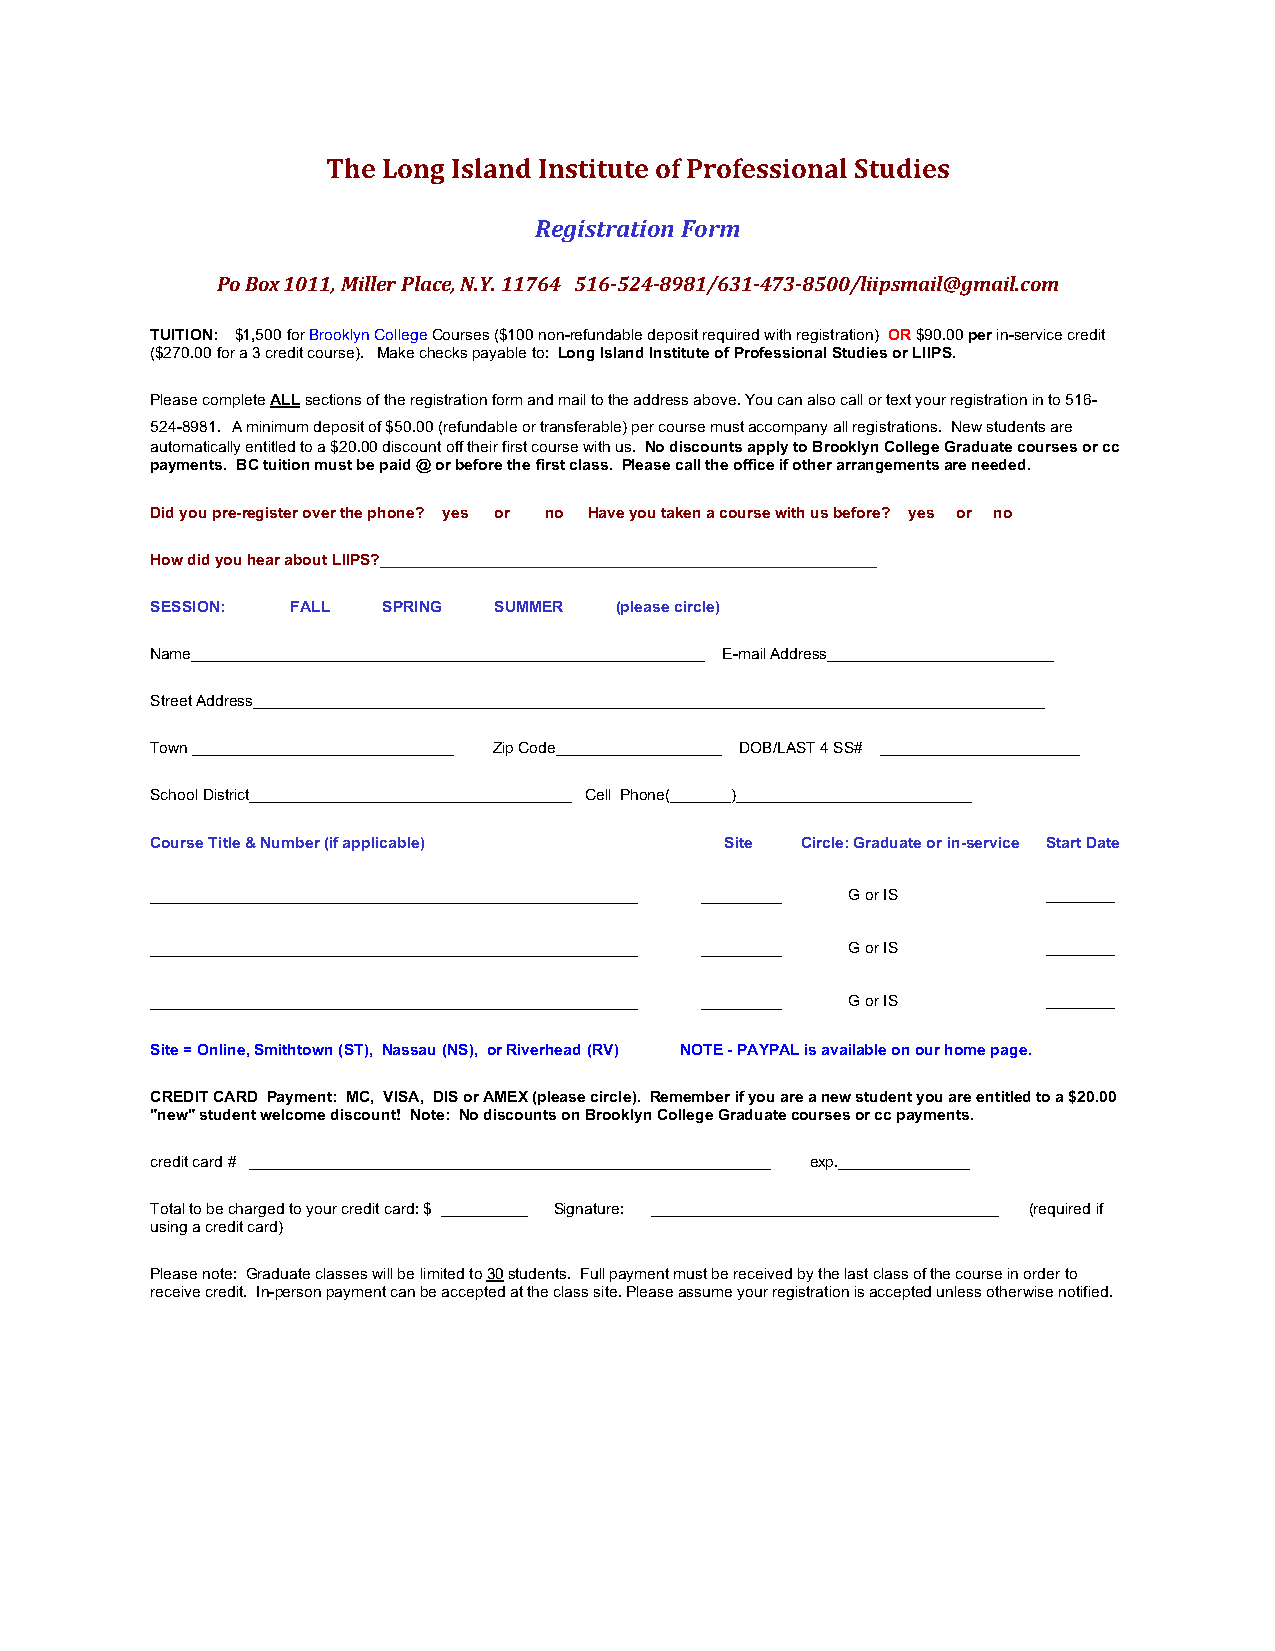
The Long Island Institute of Professional Studies
 Registration Form
 Po Box 1011, Miller Place, N.Y. 11764 516-524-8981/631-473-8500/liipsmail@gmail.com
 TUITION: $1,500 for Brooklyn College Courses ($100 non-refundable deposit required with registration) OR $90.00 per in-service credit
 ($270.00 for a 3 credit course). Make checks payable to: Long Island Institute of Professional Studies or LIIPS.
 Please complete ALL sections of the registration form and mail to the address above. You can also call or text your registration in to 516-
 524-8981. A minimum deposit of $50.00 (refundable or transferable) per course must accompany all registrations. New students are
 automatically entitled to a $20.00 discount off their first course with us. No discounts apply to Brooklyn College Graduate courses or cc
 payments. BC tuition must be paid @ or before the first class. Please call the office if other arrangements are needed.
 Did you pre-register over the phone? yes or no Have you taken a course with us before? yes or no
 How did you hear about LIIPS?_________________________________________________________
 SESSION: FALL  SPRING  SUMMER  (please circle)
 Name___________________________________________________________ E-mail Address__________________________
 Street Address___________________________________________________________________________________________
 Town ______________________________ Zip Code___________________ DOB/LAST 4 SS# _______________________
 School District_____________________________________ Cell Phone(_______)___________________________
 Course Title & Number (if applicable) Site Circle: Graduate or in-service Start Date
 __________________________________________ _______ G or IS ________
 __________________________________________ _______ G or IS ________
 __________________________________________ _______ G or IS ________
 Site = Online, Smithtown (ST), Nassau (NS), or Riverhead (RV) NOTE - PAYPAL is available on our home page.
 CREDIT CARD Payment: MC, VISA, DIS or AMEX (please circle). Remember if you are a new student you are entitled to a $20.00
 "new" student welcome discount! Note: No discounts on Brooklyn College Graduate courses or cc payments.
 credit card # ____________________________________________________________ exp._______________
 Total to be charged to your credit card: $ __________ Signature: ________________________________________ (required if
 using a credit card)
 Please note: Graduate classes will be limited to 30 students. Full payment must be received by the last class of the course in order to
 receive credit. In-person payment can be accepted at the class site. Please assume your registration is accepted unless otherwise notified.